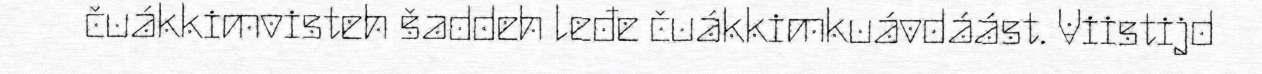
čuákkimvisteh šaddeh leđe čuákkimkuávdáást. Viistijd